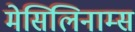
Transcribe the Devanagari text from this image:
मेसिलिनाम्स